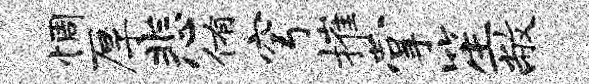
惆厚悲侑穹摧掌笙敝